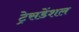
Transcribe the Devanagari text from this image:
ट्रेसडेंशल